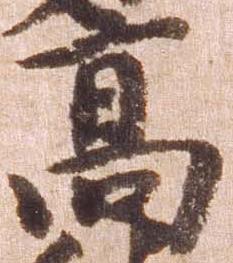
高